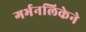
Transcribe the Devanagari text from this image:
गर्भनलिकेने